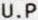
U.P